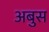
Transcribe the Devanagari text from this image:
अबुस